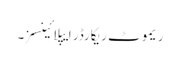
ریموٹ ریکارڈر ایپلائینسز۔